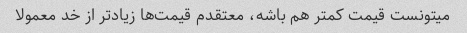
میتونست قیمت کمتر هم باشه، معتقدم قیمت‌ها زیادتر از خد معمولا